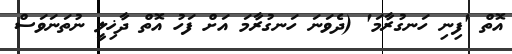
އޮތް 'ފިނި ހަނގުރާމަ' (ދެވަނަ ހަނގުރާމަ އަށް ފަހު އޮތް ދާޚިލީ ނުތަނަވަސް